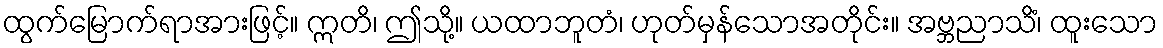
ထွက်မြောက်ရာအားဖြင့်။ ဣတိ၊ ဤသို့။ ယထာဘူတံ၊ ဟုတ်မှန်သောအတိုင်း။ အဗ္ဘညာသိံ၊ ထူးသော